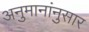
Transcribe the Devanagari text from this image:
अनुमानांनुसार